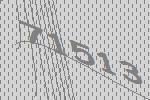
71513